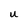
Character: U